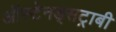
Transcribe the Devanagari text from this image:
ऑस्टेनड्सट्राबी